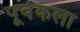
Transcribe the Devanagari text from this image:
पूर्वकला